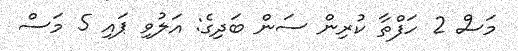
މަސް 2 ހަފްތާ ކުރިން ސަން ބަދިގެ: އަލުވި ޕައި 5 މަސް